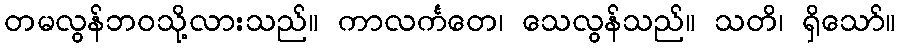
တမလွန်ဘဝသို့လားသည်။ ကာလင်္ကတေ၊ သေလွန်သည်။ သတိ၊ ရှိသော်။